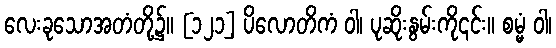
လေးခုသောအတံတို့၌။ [၁၂၁] ပိလောတိကံ ဝါ၊ ပုဆိုးနွမ်းကို၎င်း။ စမ္မံ ဝါ၊